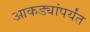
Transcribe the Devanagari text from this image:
आकड्यांपर्यंत